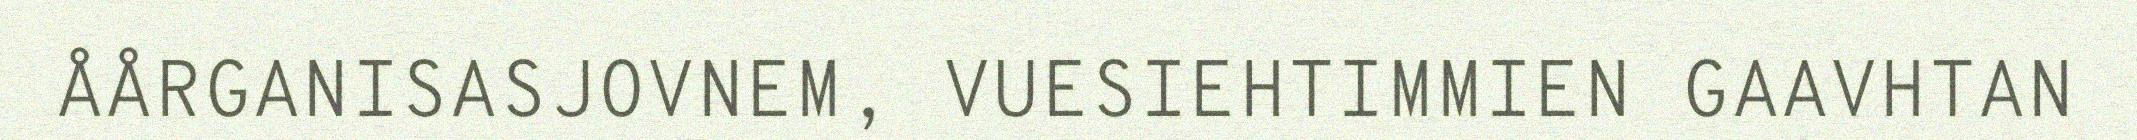
ÅÅRGANISASJOVNEM, VUESIEHTIMMIEN GAAVHTAN